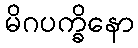
မိဂပက္ခိနော